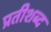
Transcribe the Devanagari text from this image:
प्रतीशब्द